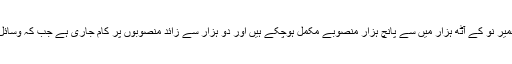
زلزلے سے بحالی و تعمیر نو کے ریاستی ادارے سیرا کے مطابق متاثرہ علاقوں کی تعمیر نو کے آٹھ ہزار میں سے پانچ ہزار منصوبے مکمل ہوچکے ہیں اور دو ہزار سے زائد منصوبوں پر کام جاری ہے جب کہ وسائل کی کمی کے باعث تقریباً سات سو منصوبوں پر ابھی تک کام کا آغاز نہیں ہوسکا ہے۔